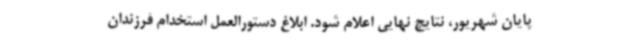
پایان شهریور، نتایج نهایی اعلام شود. ابلاغ دستورالعمل استخدام فرزندان